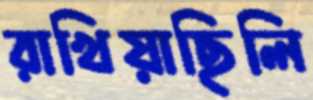
রাখিয়াছিলি